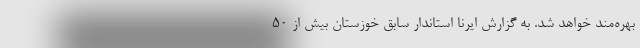
بهره‌مند خواهد شد. به گزارش ایرنا استاندار سابق خوزستان بیش از ۵۰